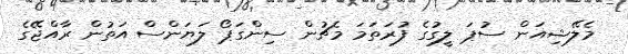
މެލޭޝިއަން ސުޕަ ލީގުގެ ފުރަތަަމަ މެޗުން ސިންގަޕޯ ލަޔަންސް އަތުން ރާއްޖޭގެ